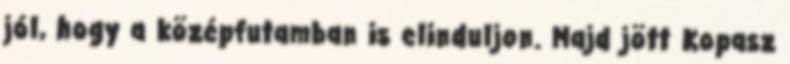
jól, hogy a középfutamban is elinduljon. Majd jött Kopasz